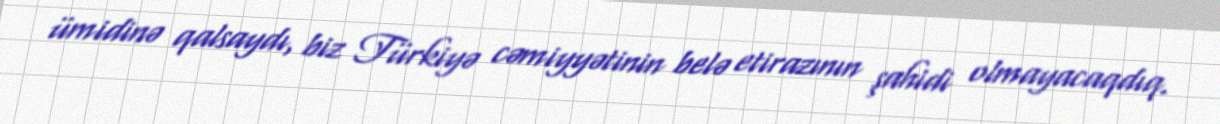
ümidinə qalsaydı, biz Türkiyə cəmiyyətinin belə etirazının şahidi olmayacaqdıq.